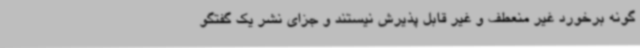
گونه برخورد غیر منعطف و غیر قابل پذیرش نیستند و جزای نشر یک گفتگو